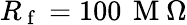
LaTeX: R_{\mathrm{~f~}}=100\, \mathrm{~M~}\Omega